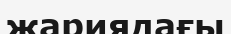
жариядағы